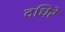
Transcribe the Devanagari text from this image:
दधिरे